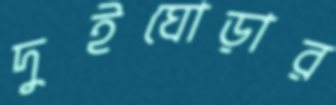
দুইঘোড়ার